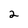
Character: 2